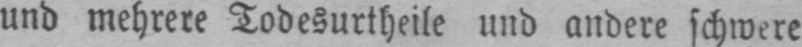
und mehrere Todesurtheile und andere schwere